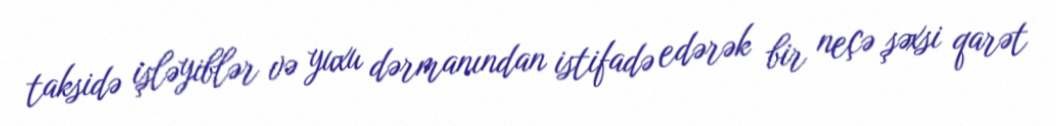
taksidə işləyiblər və yuxu dərmanından istifadə edərək bir neçə şəxsi qarət